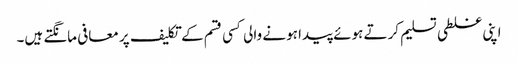
اپنی غلطی تسلیم کرتے ہوئے پیدا ہونے والی کسی قسم کے تکلیف پر معافی مانگتے ہیں۔